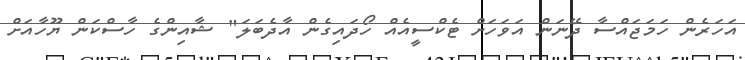
އަހަރެން ހަމަޖައްސާ ދޭނަން އަވަހަށް ޓެކްސީއެއް ހޯދައިގެން އާދެބަލަ" ޝާއިންގެ ހާސްކަން ޔޫހާއަށް